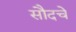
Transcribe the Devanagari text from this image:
सौदचे